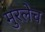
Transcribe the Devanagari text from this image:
मुरलेच